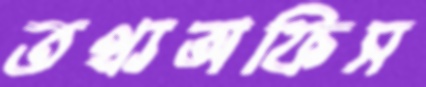
তথ্যঅফিস